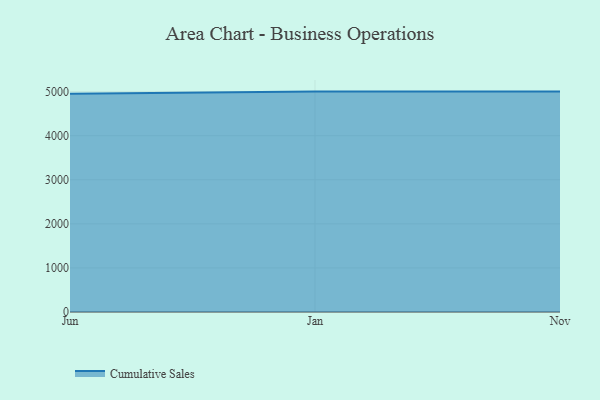
{"axis": {"x": "Month", "y": "Bounce Rate (%)"}, "legend": ["Cumulative Sales"], "data": [{"x": "Jun", "y": 4951.4, "type": "Cumulative Sales"}, {"x": "Jan", "y": 5000, "type": "Cumulative Sales"}, {"x": "Nov", "y": 5000, "type": "Cumulative Sales"}]}